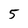
Character: 5